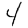
Digit: 4